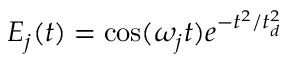
E _ { j } ( t ) = \cos ( \omega _ { j } t ) e ^ { - t ^ { 2 } / t _ { d } ^ { 2 } }